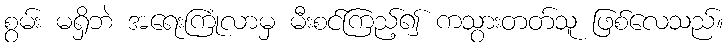
စွမ်း မရှိဘဲ အရေးကြုံလာမှ မီးစင်ကြည့်၍ ကသွားတတ်သူ ဖြစ်လေသည်။